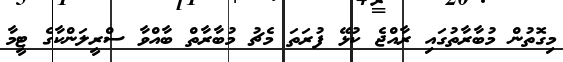
މިގޮތުން މުބާރާތުގައި ރާއްޖެ ކުޅޭ ފުރަތަ މެޗު މުބާރާތް ބާއްވާ ސްރީލަންކާގެ ޓީމާ